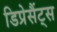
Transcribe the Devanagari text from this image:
डिप्रेसैंट्स